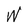
Character: W